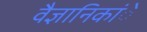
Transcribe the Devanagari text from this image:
वैज्ञानिकांे